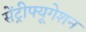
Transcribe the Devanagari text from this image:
सेंट्रीफ्यूगेशन